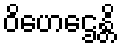
ဝိဟေဌေန္တိ